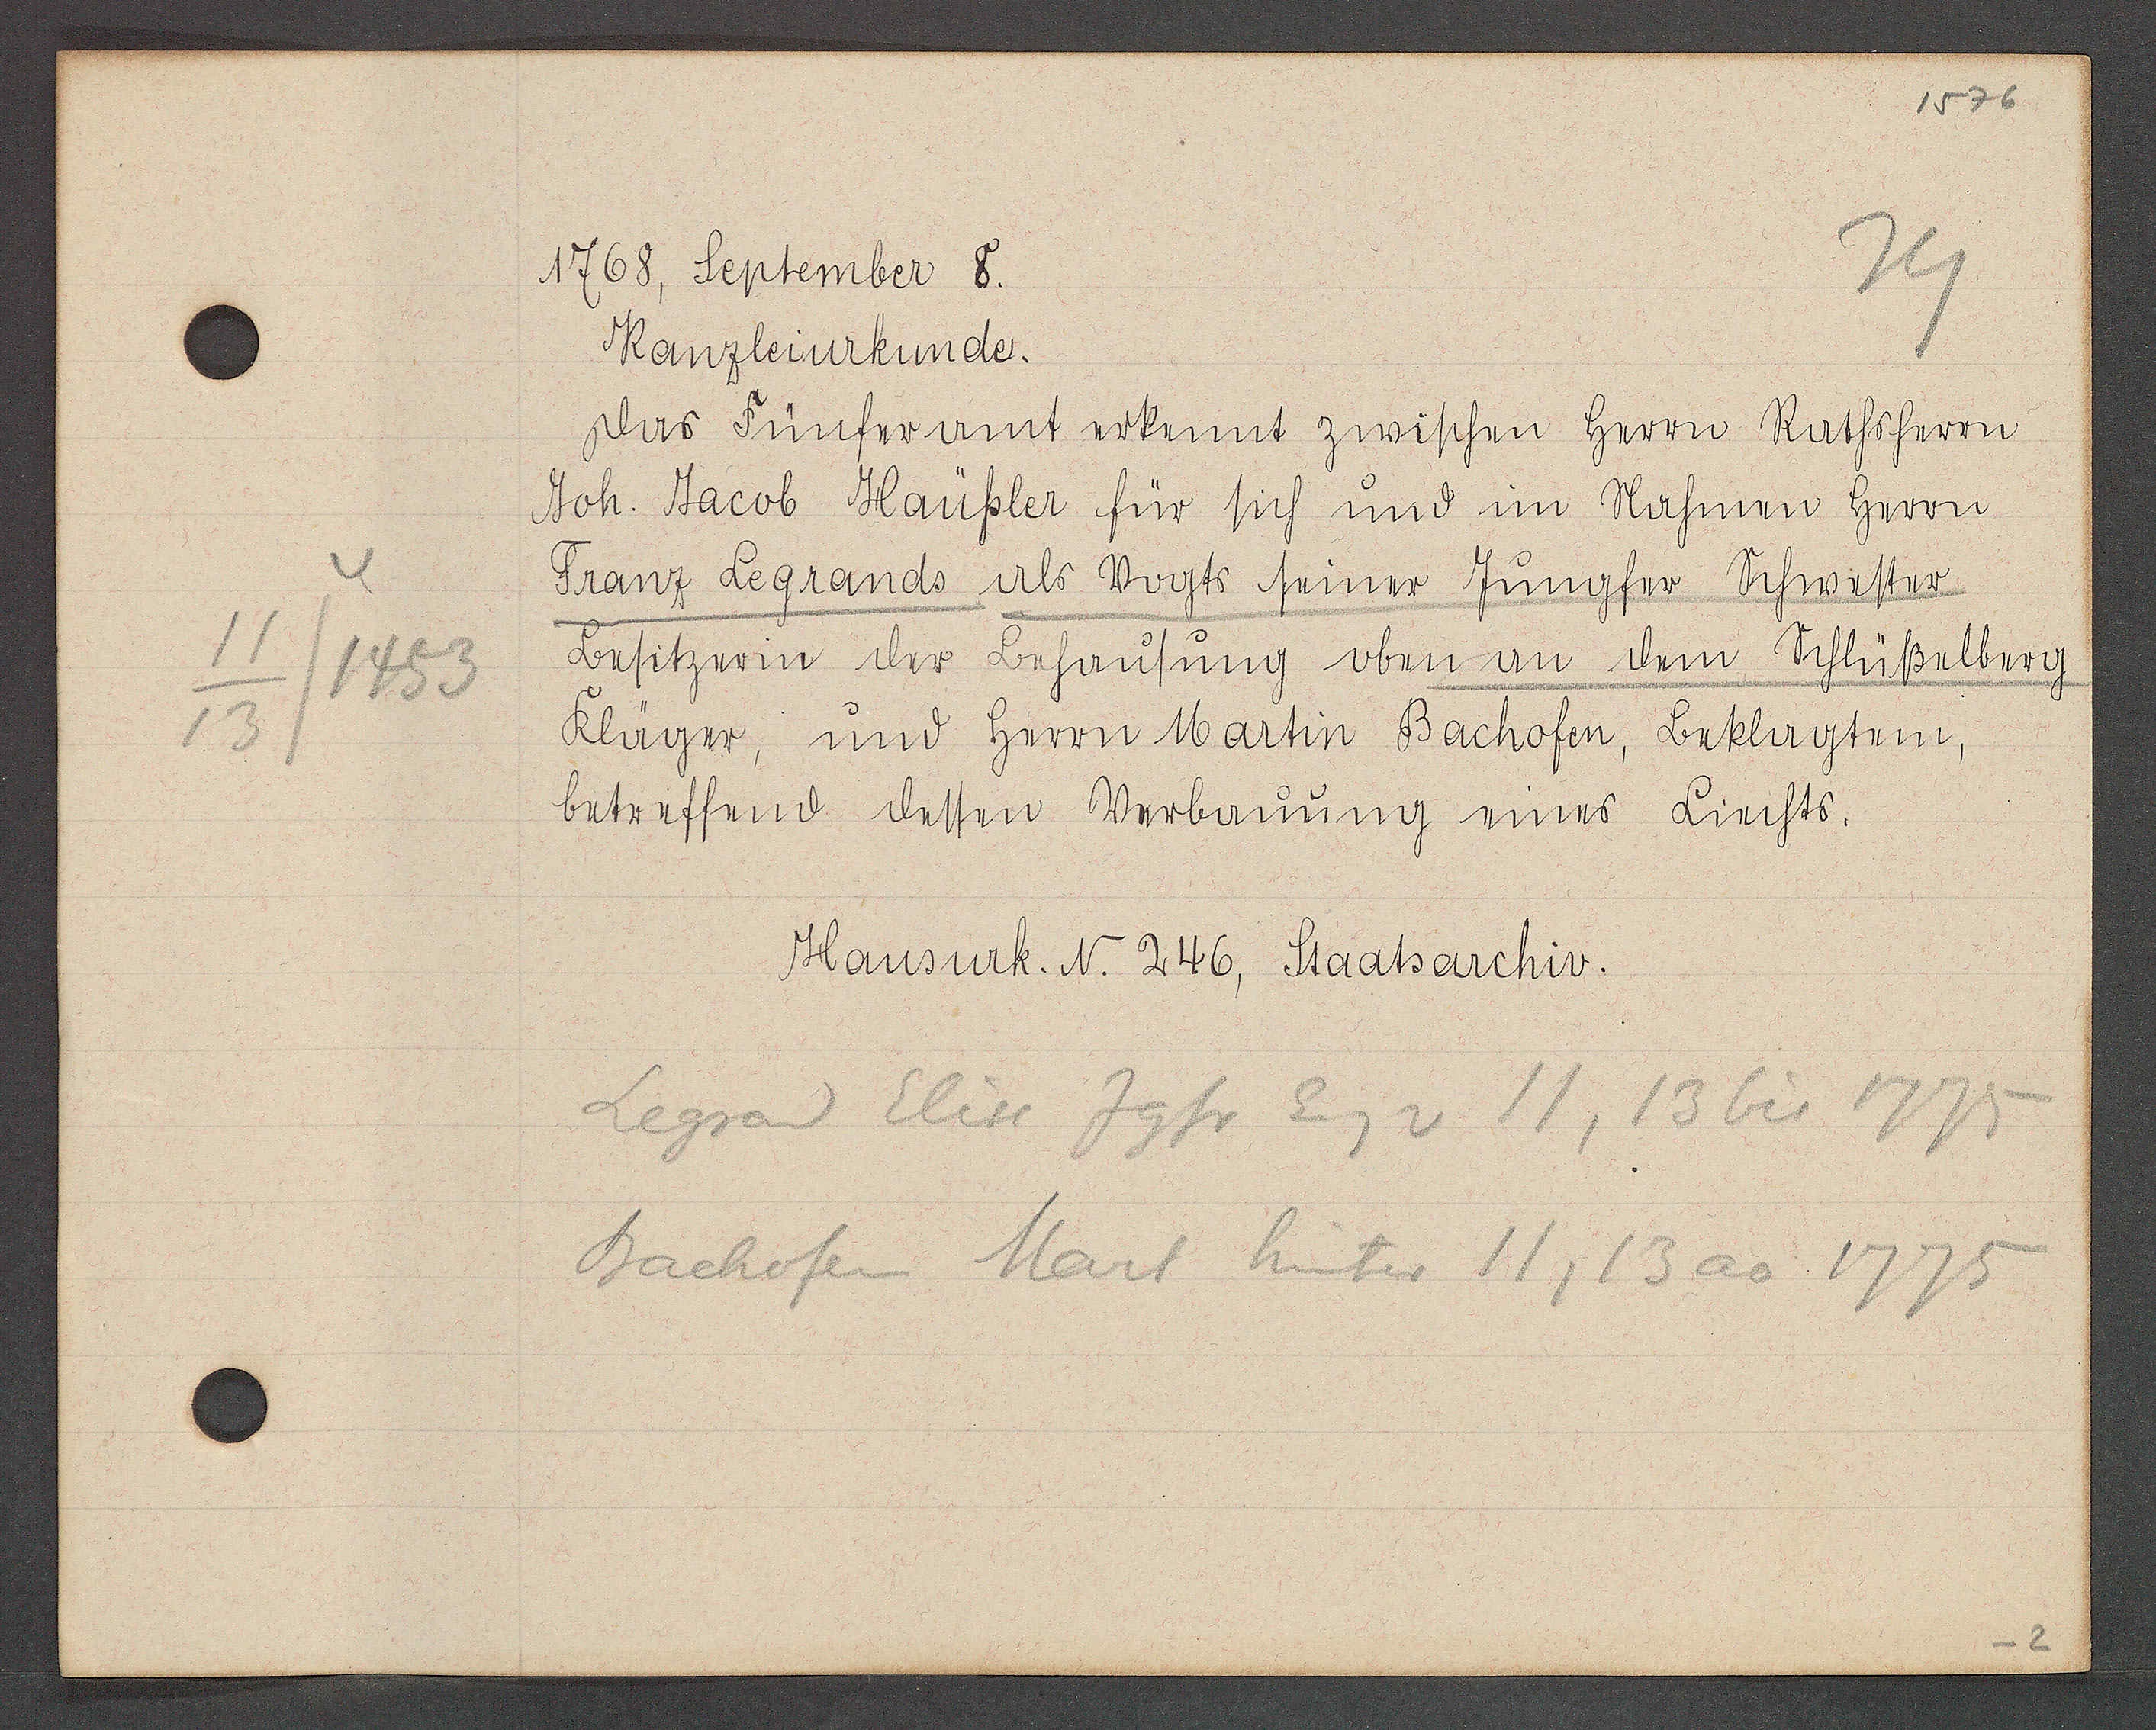
Transcript:
1453
13

1768, September 8.

Kanzleinurkunde.
das Fünferamt erkennt zwischen Herrn Rathsherrn
Joh. Jacob Haüßler für sich und im Nahmen herrn
Franz Legrands als Vogrs seiner Jungher Schwester
Besitzerin der Behausung oben an dem Schlüßelberg
kläger, und herrn Martin Bachofen, Beklagtem,
betreffend dessen Verbauung eines Liechts.

Hausurk. N. 246, Staatsarchiv.

Eig v 11, 13 bis 1775
Legrad Elise Jgfr.
Bachofen Mart hinter 11, 13 ao 1775